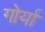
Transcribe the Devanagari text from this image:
गोर्या